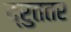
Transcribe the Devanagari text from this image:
द्रुततर